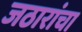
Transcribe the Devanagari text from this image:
जठारांचा